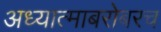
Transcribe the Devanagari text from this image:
अध्यात्माबरोबरच